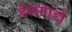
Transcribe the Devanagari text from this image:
डेलगाडो